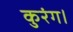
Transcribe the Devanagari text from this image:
कुरंग।